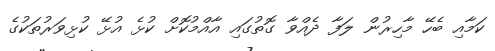
ކަމާއި ބެހޭ މާހިރުން ލަފާ ދެއްވާ ގޮތުގައި އާއްމުކޮށް ކުޅެ އުޅޭ ކުޅިވަރުތަކުގެ